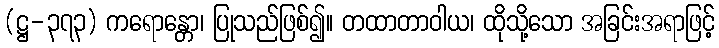
(ဋ္ဌ-၃၇၃) ကရောန္တော၊ ပြုသည်ဖြစ်၍။ တထာတာဝါယ၊ ထိုသို့သော အခြင်းအရာဖြင့်